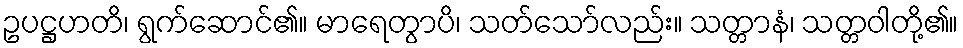
ဥပဋ္ဌဟတိ၊ ရွက်ဆောင်၏။ မာရေတွာပိ၊ သတ်သော်လည်း။ သတ္တာနံ၊ သတ္တဝါတို့၏။